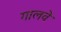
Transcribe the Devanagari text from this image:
गालवे